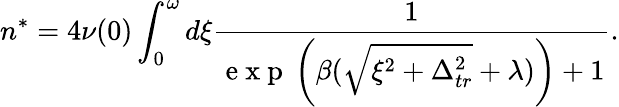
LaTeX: n^{*}=4\nu(0)\int_{0}^{\omega}d\xi\frac{1}{\mathrm{~e~x~p~}\left(\beta(\sqrt{\xi^{2}+\Delta_{tr}^{2}}+\lambda)\right)+1}.